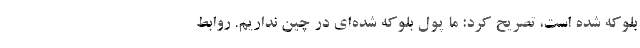
بلوکه شده است، تصریح کرد: ما پول بلوکه شده‌ای در چین نداریم. روابط